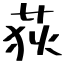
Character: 荻